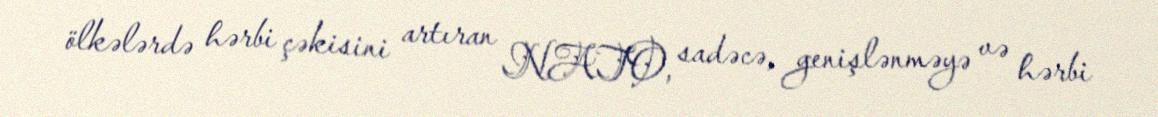
ölkələrdə hərbi çəkisini artıran NATO, sadəcə, genişlənməyə və hərbi